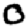
Digit: 0